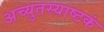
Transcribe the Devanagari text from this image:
अच्युतस्याष्टकं